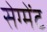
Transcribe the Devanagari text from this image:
सेग्मेंट